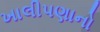
ખાલીપણાનો